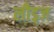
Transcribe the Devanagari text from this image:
लीड्ज